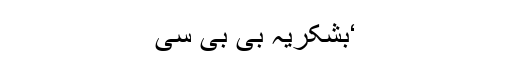
‘بشکریہ بی بی سی